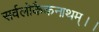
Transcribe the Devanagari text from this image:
सर्वलोकैकनाथम्।।